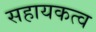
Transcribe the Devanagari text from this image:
सहायकत्व